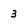
Character: 3